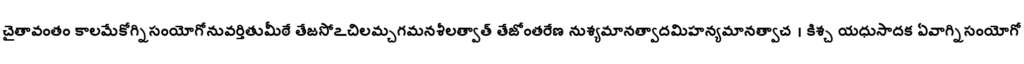
చైతావంతం కాలమేకోగ్నిసంయోగోనువర్తితుమీఠే తేజసోఽచిలమ్చగమనశీలత్వాత్ తేజోంతరేణ నుశ్యమానత్వాదమిహన్యమానత్వాచ । కిశ్చ యధుసాదక ఏవాగ్నిసంయోగో